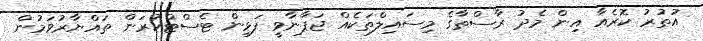
އުތުރު ކޮރެއާ އިން މެދު ރާސްތާގެ މިސައިލްތަކެއް ޖަޕާނާވީ ފަޅިން ޓެސްޓްކުރަން ތައްޔާރުވަމުން